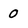
Character: 0